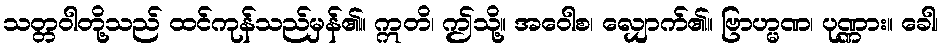
သတ္တဝါတို့သည် ထင်ကုန်သည်မှန်၏။ ဣတိ၊ ဤသို့။ အဝေါစ၊ လျှောက်၏။ ဗြာဟ္မဏ၊ ပုဏ္ဏား။ ခေါ၊